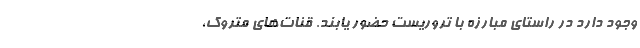
وجود دارد در راستای مبارزه با تروریست حضور یابند. قنات‌های متروک،